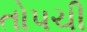
તોપચી